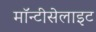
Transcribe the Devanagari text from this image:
मॉन्टीसेलाइट